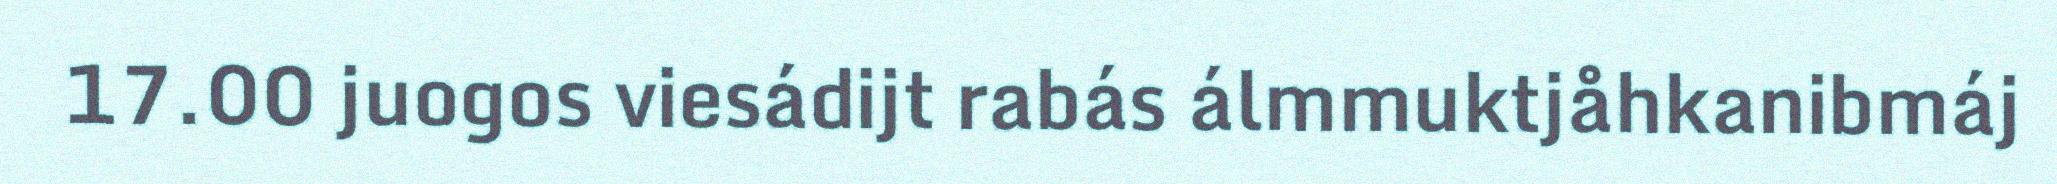
17.00 juogos viesádijt rabás álmmuktjåhkanibmáj